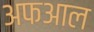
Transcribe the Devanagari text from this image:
अफआल